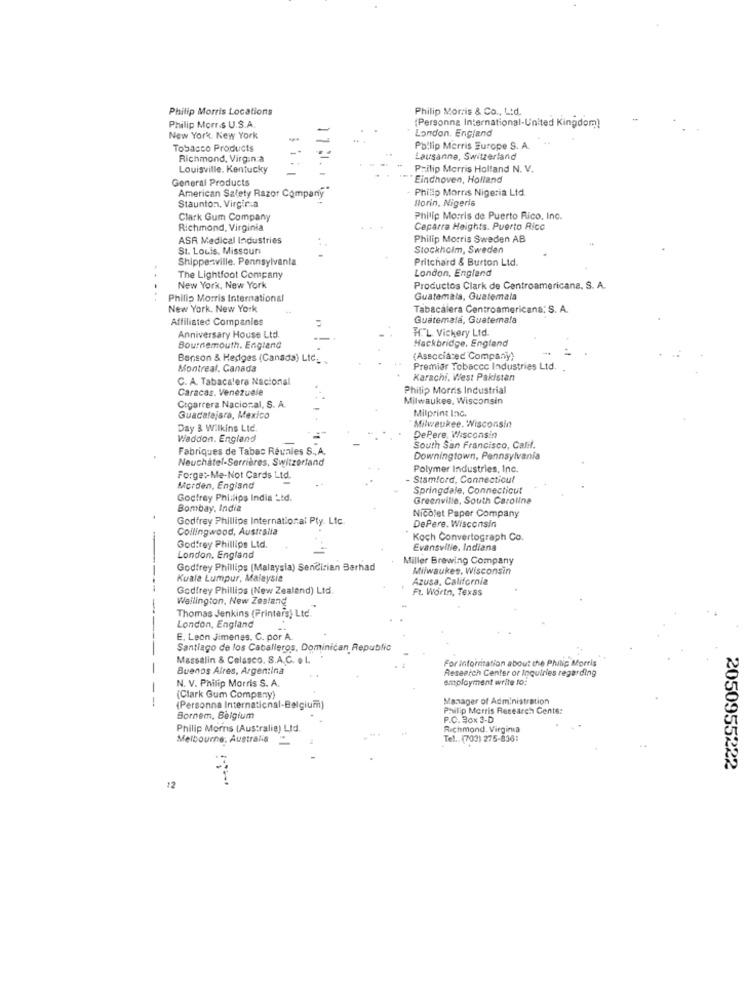
Philip Morris Locations
Philip Morris & Co ., Ltd.
Philip Morris U.S.A
(Personna International-United Kingdom!
London, England
New York, New York
-
Tobacco Products
Philip Morris Europe S. A.
Richmond, Virginia
Lausanne, Switzerland
Louisville, Kentucky
Philip Morris Holland N. V.
General Products
"Eindhoven, Holland
American Safety Razor Company"
Philip Morris Nigeria Ltd.
Staunton, Virginia
florin, Nigeria
Clark Gum Company
Philip Morris de Puerto Rico, Inc.
Richmond, Virginia
Ceparra Heights. Puerto Rico
ASR Medical Industries
Philip Morris Sweden AB
St. Louis, Missouri
Stockholm, Sweden
Shippenville, Pennsylvania
Pritchard & Burton Ltd.
London, England
The Lightfoot Company
New York, New York
Productos Clark de Centroamericana, S. A.
...
Philip Morris International
Guatemala, Guatemala
New York, New York
Tabacalera Centroamericana: S. A
Affiliated Companies
Guatemala, Guatemala
H."L Vickery Ltd.
Anniversary House Ltd.
Hackbridge, England
Bournemouth. England
Benson & Hedges (Canada) LIC_
(Associated Company)
Montreal, Canada
Premier Tobacco Industries Ltd.
C. A. Tabacalera Nacional
Karachi, West Pakistan
Caracas. Venezuele
Philip Morris Industrial
Milwaukee, Wisconsin
Cigarrera Nacional, S. A.
Milprint Inc.
Guadalajara, Mexico
Day & Wilkins Ltd
Milwaukee, Wisconsin
Waddon. England
DePere, Wisconsin
Fabriques de Tabac Réunies S ., A.
South San Francisco, Calif.
Neuchatel-Serrières, Switzerland
Downingtown, Pennsylvania
Polymer Industries, Inc.
ForgetMe-Not Cards Ltd.
Stamford, Connecticut
Morden, England
Springdale, Connecticut
Godfrey Philips India Ltd.
Greenville, South Carolina
Bombay, India
Godfrey Phillips International Pty. Lic.
Nicolet Paper Company
Collingwood, Australia
DePere, Wisconsin
Koch Convertograph Co.
Godfrey Phillips Ltd.
Evansville, Indiana
London, England
Miller Brewing Company
Godfrey Phillips (Malaysia) SenCizien Barhad
Milwaukee, Wisconsin
Kuala Lumpur, Malaysia
Azusa, California
Godfrey Phillips (New Zealand) Ltd.
Ft. Worth, Texas
Wellington, New Zealand
Thomas Jenkins (Printers) Ltd.
London, England
E, Leon Jimenes. C. por A.
Santiago de los Caballeros, Dominican Republic
Massalin & Celasco. S.A.C. L. "
For information about the Philip Morris
-
Buenos Aires, Argentina
Research Center or Inquiries regarding
N. V. Philip Morris S. A
employment write to:
--
(Clark Gum Company)
Manager of Administration
(Personna International-Belgium)
Philip Morris Research Center
Bornem, Belgium
P.O. Box 3-D
Philip Morris (Australia) Ltd.
Richmond, Virginia
Melbourne, Australia
Tel .: (703) 275-836:
2050955222
12